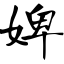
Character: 婢